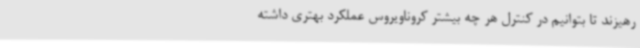
رهیزند تا بتوانیم در کنترل هر چه بیشتر کروناویروس عملکرد بهتری داشته